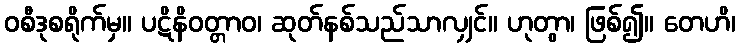
ဝစီဒုစရိုက်မှ။ ပဋိနိဝတ္တာဝ၊ ဆုတ်နစ်သည်သာလျှင်။ ဟုတွာ၊ ဖြစ်၍။ တေဟိ၊